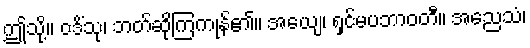
ဤသို့။ ဝဒိံသု၊ ဘတ်ဆိုကြကုန်၏။ အယျေ၊ ရှင်မပဘာဝတီ။ အညေသံ၊